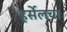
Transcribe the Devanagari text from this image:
हर्सेलचा